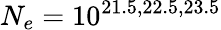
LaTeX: N_{e}=10^{21.5,22.5,23.5}